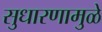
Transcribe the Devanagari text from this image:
सुधारणामुळे